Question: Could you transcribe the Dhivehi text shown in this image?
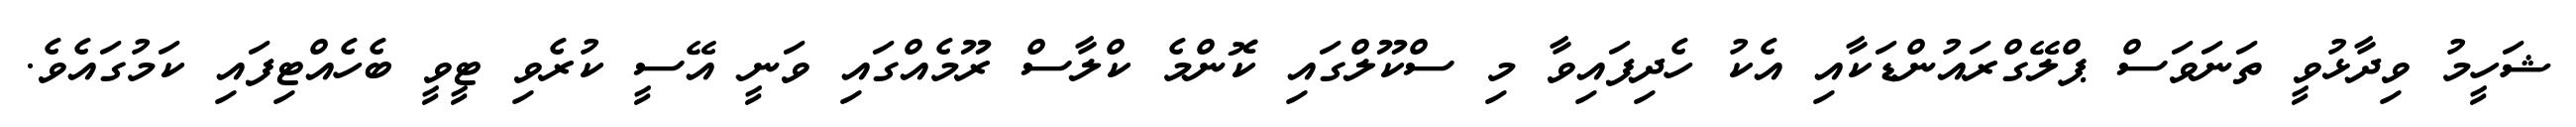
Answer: ޝަހީމު ވިދާޅުވީ ތަނަވަސް ޕްލޭގްރައުންޑަކާއި އެކު ހެދިފައިވާ މި ސްކޫލްގައި ކޮންމެ ކްލާސް ރޫމެއްގައި ވަނީ އޭސީ ކުރެވި ޓީވީ ބެހެއްޓިފައި ކަމުގައެވެ.